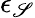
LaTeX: \epsilon_{\mathscr{S}}